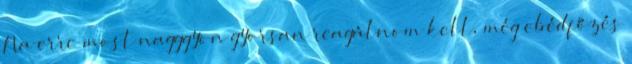
Na erre most nagggyon gyorsan reagálnom kell, még ebédfőzés